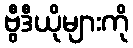
ဗွီဒီယိုများကို